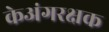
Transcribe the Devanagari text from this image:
केअंगरक्षक